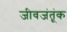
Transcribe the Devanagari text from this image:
जीवजंतूंक